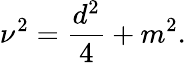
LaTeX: \nu^{2}=\frac{d^{2}}{4}+m^{2}.